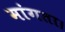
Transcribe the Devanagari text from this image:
मांगता।